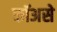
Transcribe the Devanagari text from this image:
कॉअसे